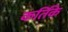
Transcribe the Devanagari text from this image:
कर्तिके